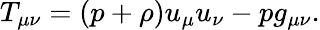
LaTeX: T_{\mu\nu}=(p+\rho)u_{\mu}u_{\nu}-pg_{\mu\nu}.